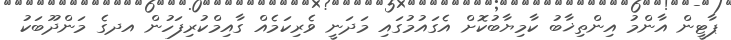
ޕާޓީން އާންމު އިންތިޚާބު ކާމިޔާބުކޮށް އެގައުމުގައި މަދަނީ ވެރިކަމެއް ގާއިމްކުރިފަހުން އދގެ މަންދޫބަކު